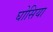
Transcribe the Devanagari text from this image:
घोसिया